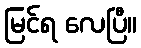
မြင်ရ လေပြီ။